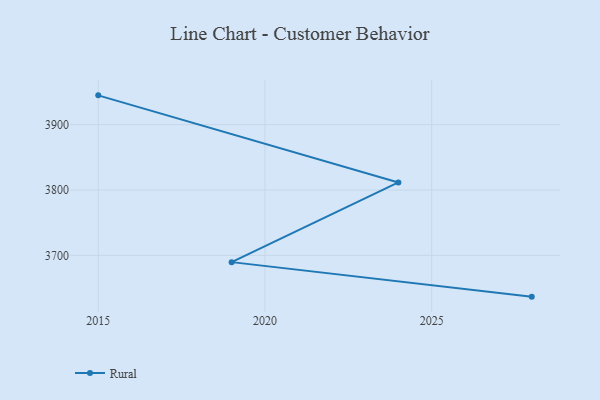
{"axis": {"x": "Year", "y": "Demand Index"}, "legend": ["Rural"], "data": [{"x": "2028", "y": 3636.9, "type": "Rural"}, {"x": "2019", "y": 3689.7, "type": "Rural"}, {"x": "2024", "y": 3811.6, "type": "Rural"}, {"x": "2015", "y": 3944.8, "type": "Rural"}]}